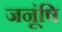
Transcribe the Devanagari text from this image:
जनूंषि